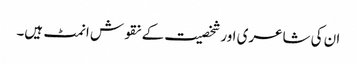
ان کی شاعری اور شخصیت کے نقوش انمٹ ہیں۔